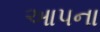
આપના